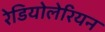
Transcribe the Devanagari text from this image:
रेडियोलेरियन